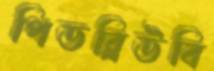
পিডব্লিউবি